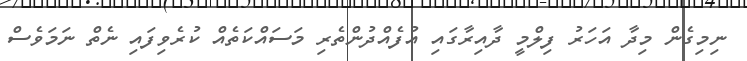
ނިމިގެން މިދާ އަހަރު ފިލްމީ ދާއިރާގައި އުފެއްދުންތެރި މަސައްކަތެއް ކުރެވިފައި ނެތް ނަމަވެސް